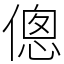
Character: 傯